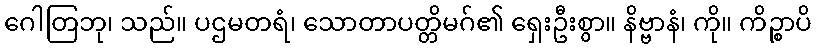
ဂေါတြဘု၊ သည်။ ပဌမတရံ၊ သောတာပတ္တိမဂ်၏ ရှေးဦးစွာ။ နိဗ္ဗာနံ၊ ကို။ ကိဉ္စာပိ